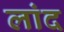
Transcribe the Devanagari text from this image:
लांद